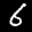
Label: 6